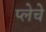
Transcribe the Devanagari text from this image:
प्लेचे